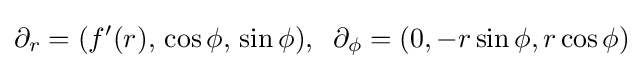
\partial _{r}=(f^{\prime }(r),\,\cos \phi ,\,\sin \phi ),\;\;\partial _{\phi }=(0,-r\sin \phi ,r\cos \phi )